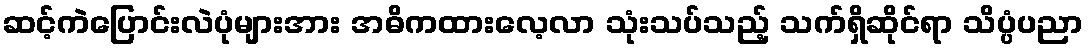
ဆင့်ကဲပြောင်းလဲပုံများအား အဓိကထားလေ့လာ သုံးသပ်သည့် သက်ရှိဆိုင်ရာ သိပ္ပံပညာ